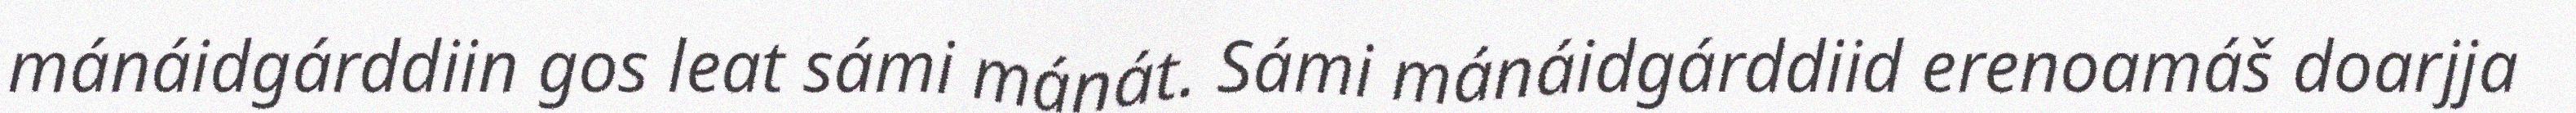
mánáidgárddiin gos leat sámi mánát. Sámi mánáidgárddiid erenoamáš doarjja